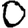
Digit: 0